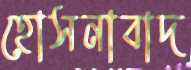
হোসনাবাদ